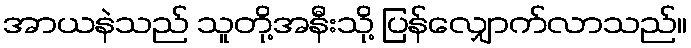
အာယနဲသည် သူတို့အနီးသို့ ပြန်လျှောက်လာသည်။